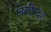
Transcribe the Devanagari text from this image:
जेलीस्दृश